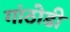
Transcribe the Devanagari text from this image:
गांठोडी